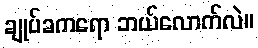
ချုပ်ခကရော ဘယ်လောက်လဲ။